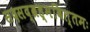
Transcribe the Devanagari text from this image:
सदसद्ब्रह्मवित्तमः